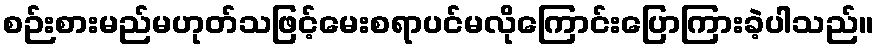
စဉ်းစားမည်မဟုတ်သဖြင့်မေးစရာပင်မလိုကြောင်းပြောကြားခဲ့ပါသည်။